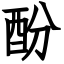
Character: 酚